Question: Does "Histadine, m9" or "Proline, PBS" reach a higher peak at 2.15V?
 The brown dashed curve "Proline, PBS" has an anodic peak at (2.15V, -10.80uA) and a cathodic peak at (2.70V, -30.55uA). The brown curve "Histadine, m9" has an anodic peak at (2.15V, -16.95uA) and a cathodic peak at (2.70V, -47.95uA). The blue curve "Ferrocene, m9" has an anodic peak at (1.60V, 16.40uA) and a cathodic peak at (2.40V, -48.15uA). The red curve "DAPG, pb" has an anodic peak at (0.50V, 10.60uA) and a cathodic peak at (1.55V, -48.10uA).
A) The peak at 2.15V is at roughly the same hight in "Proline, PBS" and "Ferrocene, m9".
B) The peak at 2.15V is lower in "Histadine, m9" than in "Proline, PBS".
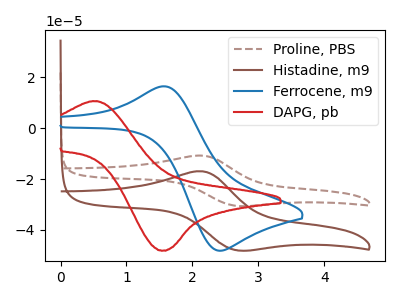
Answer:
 <answer>B) The peak at 2.15V is lower in "Histadine, m9" than in "Proline, PBS".</answer>
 <eval>B</eval>